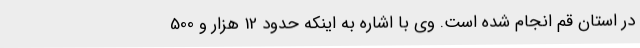
در استان قم انجام شده است. وی با اشاره به اینکه حدود 12 هزار و 500